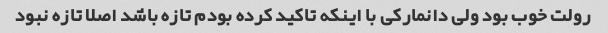
رولت خوب بود ولی دانمارکی با اینکه تاکید کرده بودم تازه باشد اصلا تازه نبود